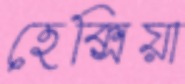
হেক্সিয়া